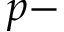
p -